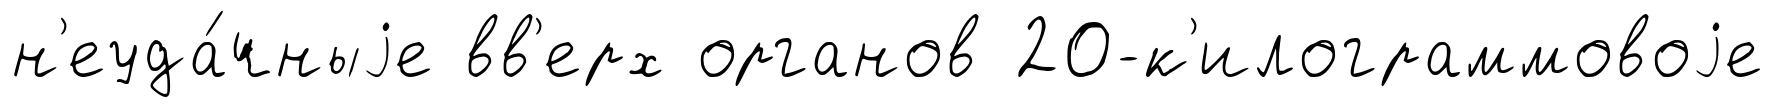
н'еуда́чныjе вв'ерх органов 20-к'илограммовоjе